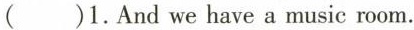
()1.And we have a music room.